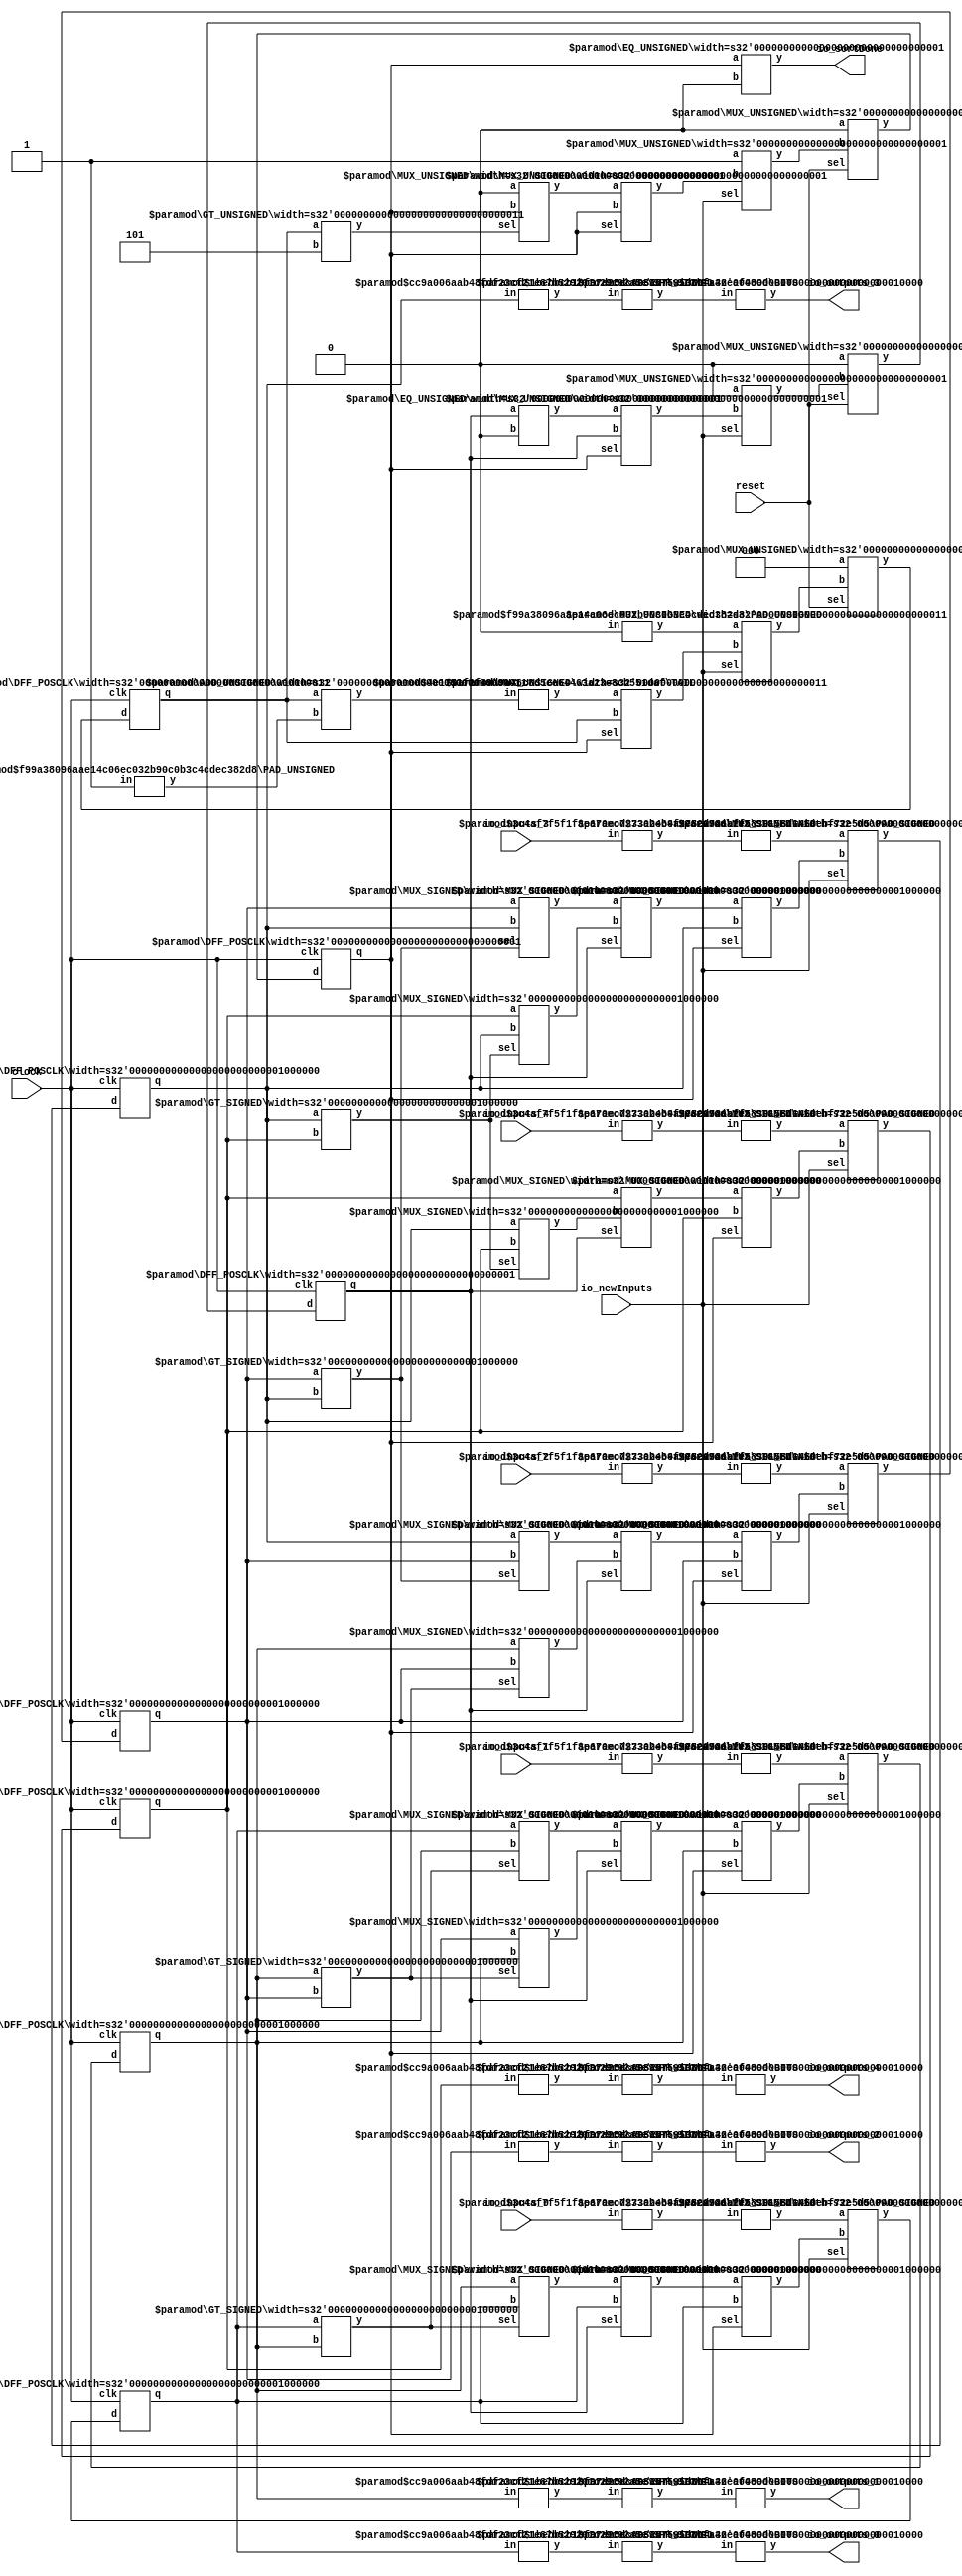
module Sort(
    input clock,
    input reset,
    input [15:0] io_inputs_0,
    input [15:0] io_inputs_1,
    input [15:0] io_inputs_2,
    input [15:0] io_inputs_3,
    input [15:0] io_inputs_4,
    input io_newInputs,
    output [15:0] io_outputs_0,
    output [15:0] io_outputs_1,
    output [15:0] io_outputs_2,
    output [15:0] io_outputs_3,
    output [15:0] io_outputs_4,
    output io_sortDone
);
    wire [63:0] _orderedRegs_0__q;
    wire [63:0] _orderedRegs_0__d;
    DFF_POSCLK #(.width(64)) orderedRegs_0 (
        .q(_orderedRegs_0__q),
        .d(_orderedRegs_0__d),
        .clk(clock)
    );
    wire [63:0] _orderedRegs_1__q;
    wire [63:0] _orderedRegs_1__d;
    DFF_POSCLK #(.width(64)) orderedRegs_1 (
        .q(_orderedRegs_1__q),
        .d(_orderedRegs_1__d),
        .clk(clock)
    );
    wire [63:0] _orderedRegs_2__q;
    wire [63:0] _orderedRegs_2__d;
    DFF_POSCLK #(.width(64)) orderedRegs_2 (
        .q(_orderedRegs_2__q),
        .d(_orderedRegs_2__d),
        .clk(clock)
    );
    wire [63:0] _orderedRegs_3__q;
    wire [63:0] _orderedRegs_3__d;
    DFF_POSCLK #(.width(64)) orderedRegs_3 (
        .q(_orderedRegs_3__q),
        .d(_orderedRegs_3__d),
        .clk(clock)
    );
    wire [63:0] _orderedRegs_4__q;
    wire [63:0] _orderedRegs_4__d;
    DFF_POSCLK #(.width(64)) orderedRegs_4 (
        .q(_orderedRegs_4__q),
        .d(_orderedRegs_4__d),
        .clk(clock)
    );
    wire _busy__q;
    wire _busy__d;
    DFF_POSCLK #(.width(1)) busy (
        .q(_busy__q),
        .d(_busy__d),
        .clk(clock)
    );
    wire _WTEMP_0;
    MUX_UNSIGNED #(.width(1)) u_mux_1 (
        .y(_busy__d),
        .sel(reset),
        .a(1'h0),
        .b(_WTEMP_0)
    );
    wire [2:0] _sortCounter__q;
    wire [2:0] _sortCounter__d;
    DFF_POSCLK #(.width(3)) sortCounter (
        .q(_sortCounter__q),
        .d(_sortCounter__d),
        .clk(clock)
    );
    wire [2:0] _WTEMP_1;
    MUX_UNSIGNED #(.width(3)) u_mux_2 (
        .y(_sortCounter__d),
        .sel(reset),
        .a(3'h0),
        .b(_WTEMP_1)
    );
    wire _isEvenCycle__q;
    wire _isEvenCycle__d;
    DFF_POSCLK #(.width(1)) isEvenCycle (
        .q(_isEvenCycle__q),
        .d(_isEvenCycle__d),
        .clk(clock)
    );
    wire _WTEMP_2;
    MUX_UNSIGNED #(.width(1)) u_mux_3 (
        .y(_isEvenCycle__d),
        .sel(reset),
        .a(1'h0),
        .b(_WTEMP_2)
    );
    wire [23:0] _node_0;
    SHL_SIGNED #(.width(16), .n(8)) s_shl_4 (
        .y(_node_0),
        .in(io_inputs_0)
    );
    wire [23:0] _node_1;
    SHL_SIGNED #(.width(16), .n(8)) s_shl_5 (
        .y(_node_1),
        .in(io_inputs_1)
    );
    wire [23:0] _node_2;
    SHL_SIGNED #(.width(16), .n(8)) s_shl_6 (
        .y(_node_2),
        .in(io_inputs_2)
    );
    wire [23:0] _node_3;
    SHL_SIGNED #(.width(16), .n(8)) s_shl_7 (
        .y(_node_3),
        .in(io_inputs_3)
    );
    wire [23:0] _node_4;
    SHL_SIGNED #(.width(16), .n(8)) s_shl_8 (
        .y(_node_4),
        .in(io_inputs_4)
    );
    wire _T_42;
    EQ_UNSIGNED #(.width(1)) u_eq_9 (
        .y(_T_42),
        .a(_isEvenCycle__q),
        .b(1'h0)
    );
    wire [3:0] _T_44;
    wire [2:0] _WTEMP_3;
    PAD_UNSIGNED #(.width(1), .n(3)) u_pad_10 (
        .y(_WTEMP_3),
        .in(1'h1)
    );
    ADD_UNSIGNED #(.width(3)) u_add_11 (
        .y(_T_44),
        .a(_sortCounter__q),
        .b(_WTEMP_3)
    );
    wire [2:0] _T_45;
    TAIL #(.width(4), .n(1)) tail_12 (
        .y(_T_45),
        .in(_T_44)
    );
    wire _T_47;
    GT_UNSIGNED #(.width(3)) u_gt_13 (
        .y(_T_47),
        .a(_sortCounter__q),
        .b(3'h5)
    );
    wire _T_49;
    GT_SIGNED #(.width(64)) s_gt_14 (
        .y(_T_49),
        .a(_orderedRegs_0__q),
        .b(_orderedRegs_1__q)
    );
    wire _T_50;
    GT_SIGNED #(.width(64)) s_gt_15 (
        .y(_T_50),
        .a(_orderedRegs_2__q),
        .b(_orderedRegs_3__q)
    );
    wire _T_51;
    GT_SIGNED #(.width(64)) s_gt_16 (
        .y(_T_51),
        .a(_orderedRegs_1__q),
        .b(_orderedRegs_2__q)
    );
    wire _T_52;
    GT_SIGNED #(.width(64)) s_gt_17 (
        .y(_T_52),
        .a(_orderedRegs_3__q),
        .b(_orderedRegs_4__q)
    );
    wire [63:0] _node_5;
    MUX_SIGNED #(.width(64)) s_mux_18 (
        .y(_node_5),
        .sel(_T_49),
        .a(_orderedRegs_1__q),
        .b(_orderedRegs_0__q)
    );
    wire [63:0] _node_6;
    MUX_SIGNED #(.width(64)) s_mux_19 (
        .y(_node_6),
        .sel(_T_49),
        .a(_orderedRegs_0__q),
        .b(_orderedRegs_1__q)
    );
    wire [63:0] _node_7;
    MUX_SIGNED #(.width(64)) s_mux_20 (
        .y(_node_7),
        .sel(_T_51),
        .a(_orderedRegs_2__q),
        .b(_orderedRegs_1__q)
    );
    wire [63:0] _node_8;
    MUX_SIGNED #(.width(64)) s_mux_21 (
        .y(_node_8),
        .sel(_T_50),
        .a(_orderedRegs_3__q),
        .b(_orderedRegs_2__q)
    );
    wire [63:0] _node_9;
    MUX_SIGNED #(.width(64)) s_mux_22 (
        .y(_node_9),
        .sel(_T_51),
        .a(_orderedRegs_1__q),
        .b(_orderedRegs_2__q)
    );
    wire [63:0] _node_10;
    MUX_SIGNED #(.width(64)) s_mux_23 (
        .y(_node_10),
        .sel(_T_50),
        .a(_orderedRegs_2__q),
        .b(_orderedRegs_3__q)
    );
    wire [63:0] _node_11;
    MUX_SIGNED #(.width(64)) s_mux_24 (
        .y(_node_11),
        .sel(_T_52),
        .a(_orderedRegs_4__q),
        .b(_orderedRegs_3__q)
    );
    wire [63:0] _node_12;
    MUX_SIGNED #(.width(64)) s_mux_25 (
        .y(_node_12),
        .sel(_T_52),
        .a(_orderedRegs_3__q),
        .b(_orderedRegs_4__q)
    );
    wire _node_13;
    MUX_UNSIGNED #(.width(1)) u_mux_26 (
        .y(_node_13),
        .sel(_T_47),
        .a(1'h0),
        .b(_busy__q)
    );
    wire [63:0] _node_14;
    MUX_SIGNED #(.width(64)) s_mux_27 (
        .y(_node_14),
        .sel(_isEvenCycle__q),
        .a(_node_5),
        .b(_orderedRegs_0__q)
    );
    wire [63:0] _node_15;
    MUX_SIGNED #(.width(64)) s_mux_28 (
        .y(_node_15),
        .sel(_isEvenCycle__q),
        .a(_node_6),
        .b(_node_7)
    );
    wire [63:0] _node_16;
    MUX_SIGNED #(.width(64)) s_mux_29 (
        .y(_node_16),
        .sel(_isEvenCycle__q),
        .a(_node_8),
        .b(_node_9)
    );
    wire [63:0] _node_17;
    MUX_SIGNED #(.width(64)) s_mux_30 (
        .y(_node_17),
        .sel(_isEvenCycle__q),
        .a(_node_10),
        .b(_node_11)
    );
    wire [63:0] _node_18;
    MUX_SIGNED #(.width(64)) s_mux_31 (
        .y(_node_18),
        .sel(_isEvenCycle__q),
        .a(_orderedRegs_4__q),
        .b(_node_12)
    );
    wire _node_19;
    MUX_UNSIGNED #(.width(1)) u_mux_32 (
        .y(_node_19),
        .sel(_busy__q),
        .a(_node_13),
        .b(_busy__q)
    );
    wire _node_20;
    MUX_UNSIGNED #(.width(1)) u_mux_33 (
        .y(_node_20),
        .sel(_busy__q),
        .a(_T_42),
        .b(_isEvenCycle__q)
    );
    wire [63:0] _node_21;
    MUX_SIGNED #(.width(64)) s_mux_34 (
        .y(_node_21),
        .sel(_busy__q),
        .a(_node_14),
        .b(_orderedRegs_0__q)
    );
    wire [63:0] _node_22;
    MUX_SIGNED #(.width(64)) s_mux_35 (
        .y(_node_22),
        .sel(_busy__q),
        .a(_node_15),
        .b(_orderedRegs_1__q)
    );
    wire [63:0] _node_23;
    MUX_SIGNED #(.width(64)) s_mux_36 (
        .y(_node_23),
        .sel(_busy__q),
        .a(_node_16),
        .b(_orderedRegs_2__q)
    );
    wire [63:0] _node_24;
    MUX_SIGNED #(.width(64)) s_mux_37 (
        .y(_node_24),
        .sel(_busy__q),
        .a(_node_17),
        .b(_orderedRegs_3__q)
    );
    wire [63:0] _node_25;
    MUX_SIGNED #(.width(64)) s_mux_38 (
        .y(_node_25),
        .sel(_busy__q),
        .a(_node_18),
        .b(_orderedRegs_4__q)
    );
    wire [2:0] _node_26;
    MUX_UNSIGNED #(.width(3)) u_mux_39 (
        .y(_node_26),
        .sel(_busy__q),
        .a(_T_45),
        .b(_sortCounter__q)
    );
    wire _T_54;
    EQ_UNSIGNED #(.width(1)) u_eq_40 (
        .y(_T_54),
        .a(_busy__q),
        .b(1'h0)
    );
    wire [55:0] _node_27;
    SHR_SIGNED #(.width(64), .n(8)) s_shr_41 (
        .y(_node_27),
        .in(_orderedRegs_0__q)
    );
    wire [55:0] _node_28;
    SHR_SIGNED #(.width(64), .n(8)) s_shr_42 (
        .y(_node_28),
        .in(_orderedRegs_1__q)
    );
    wire [55:0] _node_29;
    SHR_SIGNED #(.width(64), .n(8)) s_shr_43 (
        .y(_node_29),
        .in(_orderedRegs_2__q)
    );
    wire [55:0] _node_30;
    SHR_SIGNED #(.width(64), .n(8)) s_shr_44 (
        .y(_node_30),
        .in(_orderedRegs_3__q)
    );
    wire [55:0] _node_31;
    SHR_SIGNED #(.width(64), .n(8)) s_shr_45 (
        .y(_node_31),
        .in(_orderedRegs_4__q)
    );
    MUX_UNSIGNED #(.width(1)) u_mux_46 (
        .y(_WTEMP_0),
        .sel(io_newInputs),
        .a(1'h1),
        .b(_node_19)
    );
    wire [15:0] _WTEMP_4;
    BITS #(.width(56), .high(15), .low(0)) bits_47 (
        .y(_WTEMP_4),
        .in(_node_27)
    );
    ASSINT #(.width(16)) assint_48 (
        .y(io_outputs_0),
        .in(_WTEMP_4)
    );
    wire [15:0] _WTEMP_5;
    BITS #(.width(56), .high(15), .low(0)) bits_49 (
        .y(_WTEMP_5),
        .in(_node_28)
    );
    ASSINT #(.width(16)) assint_50 (
        .y(io_outputs_1),
        .in(_WTEMP_5)
    );
    wire [15:0] _WTEMP_6;
    BITS #(.width(56), .high(15), .low(0)) bits_51 (
        .y(_WTEMP_6),
        .in(_node_29)
    );
    ASSINT #(.width(16)) assint_52 (
        .y(io_outputs_2),
        .in(_WTEMP_6)
    );
    wire [15:0] _WTEMP_7;
    BITS #(.width(56), .high(15), .low(0)) bits_53 (
        .y(_WTEMP_7),
        .in(_node_30)
    );
    ASSINT #(.width(16)) assint_54 (
        .y(io_outputs_3),
        .in(_WTEMP_7)
    );
    wire [15:0] _WTEMP_8;
    BITS #(.width(56), .high(15), .low(0)) bits_55 (
        .y(_WTEMP_8),
        .in(_node_31)
    );
    ASSINT #(.width(16)) assint_56 (
        .y(io_outputs_4),
        .in(_WTEMP_8)
    );
    assign io_sortDone = _T_54;
    MUX_UNSIGNED #(.width(1)) u_mux_57 (
        .y(_WTEMP_2),
        .sel(io_newInputs),
        .a(1'h0),
        .b(_node_20)
    );
    wire [63:0] _WTEMP_9;
    PAD_SIGNED #(.width(24), .n(64)) s_pad_58 (
        .y(_WTEMP_9),
        .in(_node_0)
    );
    MUX_SIGNED #(.width(64)) s_mux_59 (
        .y(_orderedRegs_0__d),
        .sel(io_newInputs),
        .a(_WTEMP_9),
        .b(_node_21)
    );
    wire [63:0] _WTEMP_10;
    PAD_SIGNED #(.width(24), .n(64)) s_pad_60 (
        .y(_WTEMP_10),
        .in(_node_1)
    );
    MUX_SIGNED #(.width(64)) s_mux_61 (
        .y(_orderedRegs_1__d),
        .sel(io_newInputs),
        .a(_WTEMP_10),
        .b(_node_22)
    );
    wire [63:0] _WTEMP_11;
    PAD_SIGNED #(.width(24), .n(64)) s_pad_62 (
        .y(_WTEMP_11),
        .in(_node_2)
    );
    MUX_SIGNED #(.width(64)) s_mux_63 (
        .y(_orderedRegs_2__d),
        .sel(io_newInputs),
        .a(_WTEMP_11),
        .b(_node_23)
    );
    wire [63:0] _WTEMP_12;
    PAD_SIGNED #(.width(24), .n(64)) s_pad_64 (
        .y(_WTEMP_12),
        .in(_node_3)
    );
    MUX_SIGNED #(.width(64)) s_mux_65 (
        .y(_orderedRegs_3__d),
        .sel(io_newInputs),
        .a(_WTEMP_12),
        .b(_node_24)
    );
    wire [63:0] _WTEMP_13;
    PAD_SIGNED #(.width(24), .n(64)) s_pad_66 (
        .y(_WTEMP_13),
        .in(_node_4)
    );
    MUX_SIGNED #(.width(64)) s_mux_67 (
        .y(_orderedRegs_4__d),
        .sel(io_newInputs),
        .a(_WTEMP_13),
        .b(_node_25)
    );
    wire [2:0] _WTEMP_14;
    PAD_UNSIGNED #(.width(1), .n(3)) u_pad_68 (
        .y(_WTEMP_14),
        .in(1'h0)
    );
    MUX_UNSIGNED #(.width(3)) u_mux_69 (
        .y(_WTEMP_1),
        .sel(io_newInputs),
        .a(_WTEMP_14),
        .b(_node_26)
    );
endmodule //Sort
module DFF_POSCLK(q, d, clk);
    parameter width = 4;
    output reg [width-1:0] q;
    input [width-1:0] d;
    input clk;
    always @(posedge clk) begin
        q <= d;
    end
endmodule // DFF_POSCLK
module MUX_UNSIGNED(y, sel, a, b);
    parameter width = 4;
    output [width-1:0] y;
    input sel;
    input [width-1:0] a;
    input [width-1:0] b;
    assign y = sel ? a : b;
endmodule // MUX_UNSIGNED
module SHL_SIGNED(y, in);
    parameter width = 4;
    parameter n = 4;
    output [width+n-1:0] y;
    input [width-1:0] in;
    wire [width+n-1:0] temp;
    assign temp = {{n{in[width-1]}}, in};
    assign y = $signed(temp) << n;
endmodule // SHL_SIGNED
module EQ_UNSIGNED(y, a, b);
    parameter width = 4;
    output y;
    input [width-1:0] a;
    input [width-1:0] b;
    assign y = a == b;
endmodule // EQ_UNSIGNED
module PAD_UNSIGNED(y, in);
    parameter width = 4;
    parameter n = 4;
    output [(n > width ? n : width)-1:0] y;
    input [width-1:0] in;
    assign y = (n > width) ? {{(n - width){1'b0}}, in} : in;
endmodule // PAD_UNSIGNED
module ADD_UNSIGNED(y, a, b);
    parameter width = 4;
    output [width:0] y;
    input [width-1:0] a;
    input [width-1:0] b;
    assign y = a + b;
endmodule // ADD_UNSIGNED
module TAIL(y, in);
    parameter width = 4;
    parameter n = 2;
    output [width-n-1:0] y;
    input [width-1:0] in;
    assign y = in[width-n-1:0];
endmodule // TAIL
module GT_UNSIGNED(y, a, b);
    parameter width = 4;
    output y;
    input [width-1:0] a;
    input [width-1:0] b;
    assign y = a > b;
endmodule // GT_UNSIGNED
module GT_SIGNED(y, a, b);
    parameter width = 4;
    output y;
    input [width-1:0] a;
    input [width-1:0] b;
    assign y = $signed(a) > $signed(b);
endmodule // GT_SIGNED
module MUX_SIGNED(y, sel, a, b);
    parameter width = 4;
    output [width-1:0] y;
    input sel;
    input [width-1:0] a;
    input [width-1:0] b;
    assign y = sel ? $signed(a) : $signed(b);
endmodule // MUX_SIGNED
module SHR_SIGNED(y, in);
    parameter width = 4;
    parameter n = 2;
    output [(n < width ? (width-n-1) : 0):0] y;
    input [width-1:0] in;
    assign y = n < width ? in[width-1:n] : in[width-1:width-1];
endmodule // SHR_SIGNED
module BITS(y, in);
    parameter width = 4;
    parameter high = 2;
    parameter low = 0;
    output [high-low:0] y;
    input [width-1:0] in;
    assign y = in[high:low];
endmodule // BITS
module ASSINT(y, in);
    parameter width = 4;
    output [width-1:0] y;
    input [width-1:0] in;
    assign y = $signed(in);
endmodule // ASSINT
module PAD_SIGNED(y, in);
    parameter width = 4;
    parameter n = 4;
    output [(n > width ? n : width)-1:0] y;
    input [width-1:0] in;
    assign y = n > width ? {{(n - width){in[width-1]}}, in} : in;
endmodule // PAD_SIGNED